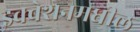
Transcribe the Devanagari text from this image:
इक्वेशनमधील